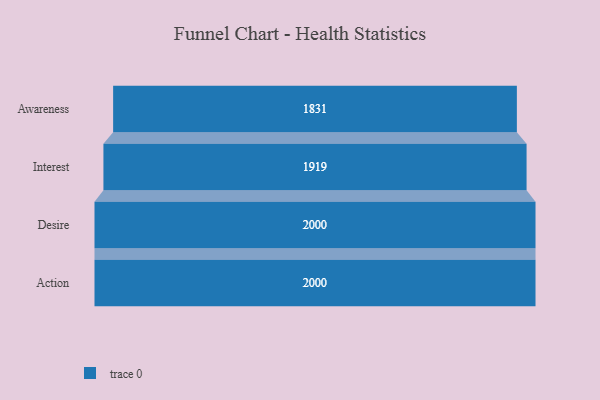
{"axis": {"x": "Stage", "y": "Value"}, "legend": [""], "data": [{"x": "Awareness", "y": 1831.0, "type": ""}, {"x": "Interest", "y": 1919.0, "type": ""}, {"x": "Desire", "y": 2000, "type": ""}, {"x": "Action", "y": 2000, "type": ""}]}